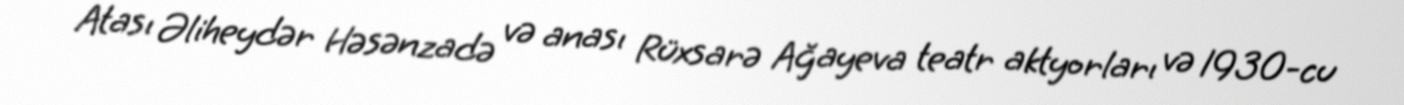
Atası Əliheydər Həsənzadə və anası Rüxsarə Ağayeva teatr aktyorları və 1930-cu